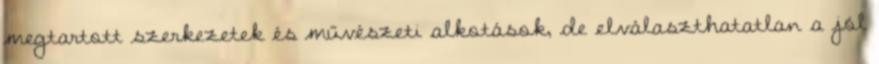
megtartott szerkezetek és művészeti alkotások, de elválaszthatatlan a jól